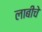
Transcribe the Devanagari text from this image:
लाबीचे